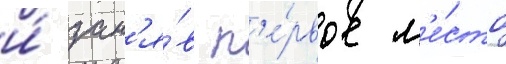
и́ зан'я́в п'е́рвое м'е́сто